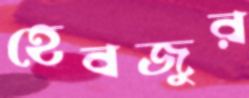
হেবজুর